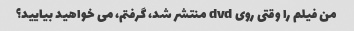
من فیلم را وقتی روی dvd منتشر شد، گرفتم، می خواهید بیایید؟